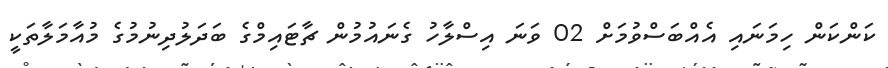
ކަންކަން ހިމަނައި އެއްބަސްވުމަށް 02 ވަނަ އިސްލާހު ގެނައުމުން ޗާޓައިމްގެ ބަދަލުދިނުމުގެ މުއާމަލާތަކީ